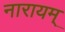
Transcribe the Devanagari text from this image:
नारायम्